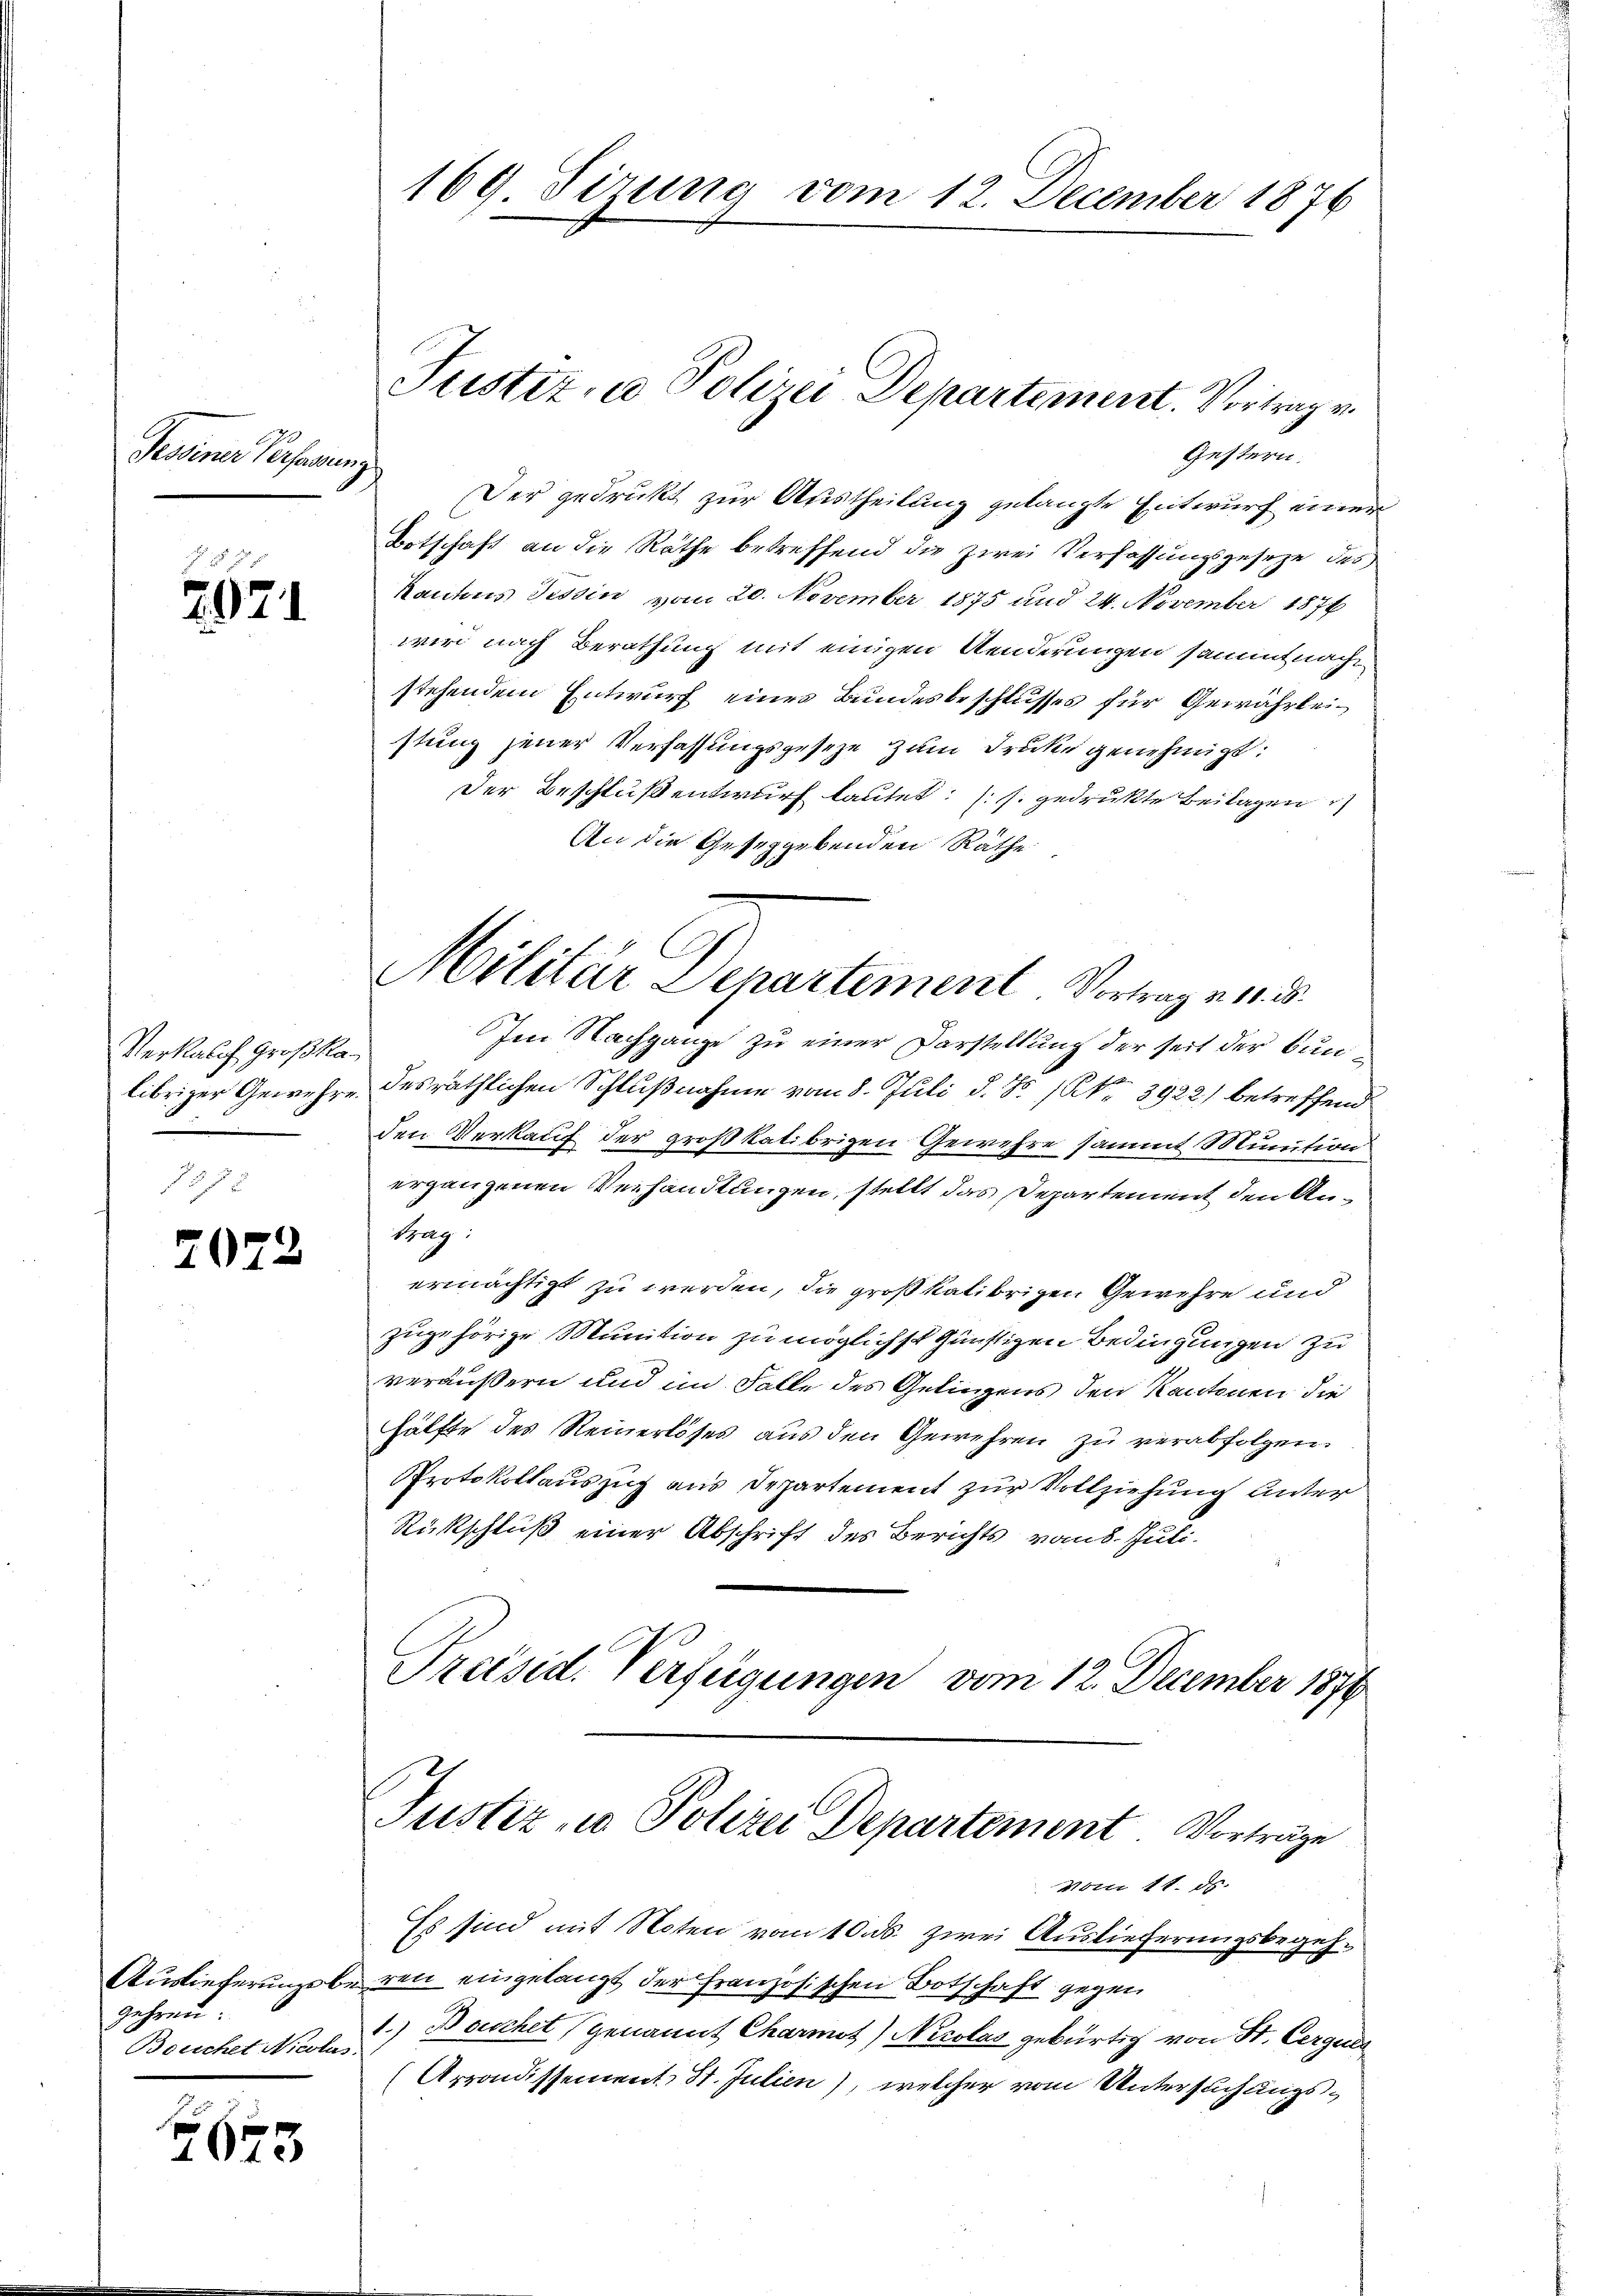
Tessiner Personen

§ 9
2971

Verkalch Großka¬

7022

Auslieferungsbegehren
Bouchet Nicolas.

2675

169. Sizung vom 12. December 1876

Justiz- u Polizei Departement. Vortrag v.
Gestern.
ch
Der gedruckt zur Austheilung gelangte Entwurf einer
Botschaft an die Räthe betreffend die zwei Verfassungsgeseze des

Kantons Tessin vom 20. November 1875 und 24. November 1876
wird nach Berathung mit einigen Aenderungen sammt nachstehendem Entwurf eines Bundesbeschlusses für Gewährleistung jener Verfassungsgesetze zum Druke genehmigt:
Der Beschluß entwurf lautet: (s. gedrukte Beilagen
An die Gesetzgebenden Räthe

Militär Departement Vortragen. 5.

Im Nachgange zu einer Darstellung der seit der Bunlibriger Gewehre desräthlichen Schlußnahme vom 8. Juli d. Js. 1 Pkt. 3922) betreffend
den Verkauf der großkalibrigen Gewehre sammt Munition
ergangenen Verhandlungen, stellt das Departement den An¬
Sag:
ermächtigt zu werden, die großkalibrigen Gewehre und
zugehörige Munition zu möglichst günstigen Bedingungen zu
veräußern und im Falle des Geliegens den Kantonen die
hälfte des Reinerlöses aus den Gewehren zu verabfolgen.
Protokollauszug aus Departement zur Vollziehung unter
Rückschluß einer Abschrift des Berichts vom 8. Jul.
Preisid. Verfügungen vom 12. December 1879

Justiz- u Polizei Departement Vorträge

Vom 11. ds.
Es sind mit Noten vom 10. ds. zwei Auslieferungsbegehren eingelangt der Französischen Botschaft gegen
1.) Beschet genannt Charmot) Nicolas gebürtig von St. Cerques
(Arrondissement St. Julien), welcher vom Untersuchungs¬